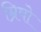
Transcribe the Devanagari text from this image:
म्रिषो